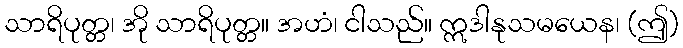
သာရိပုတ္တ၊ အို သာရိပုတ္တ။ အဟံ၊ ငါသည်။ ဣဒါနုသမယေန၊ (ဤ)